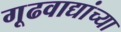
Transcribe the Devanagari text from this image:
गूढवाद्यांच्या